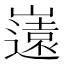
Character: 𭗤